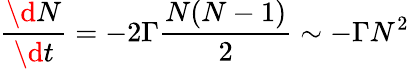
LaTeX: \frac{\d N}{\d t}=-2\Gamma\frac{N(N-1)}{2}\sim-\Gamma N^{2}